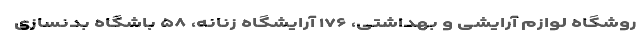
روشگاه لوازم آرایشی و بهداشتی، ۱۷۶ آرایشگاه زنانه، ۵۸ باشگاه بدنسازی